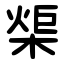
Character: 㮡